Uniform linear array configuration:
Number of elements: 24
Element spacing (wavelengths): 0.5
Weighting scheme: binomial
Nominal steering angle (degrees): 60
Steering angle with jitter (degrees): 61.266
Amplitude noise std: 0.05
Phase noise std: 0.05

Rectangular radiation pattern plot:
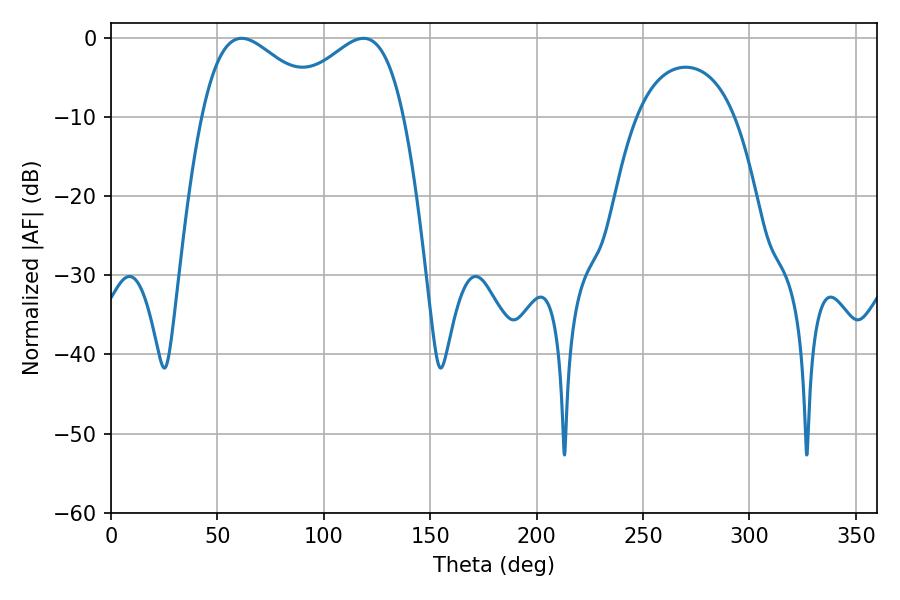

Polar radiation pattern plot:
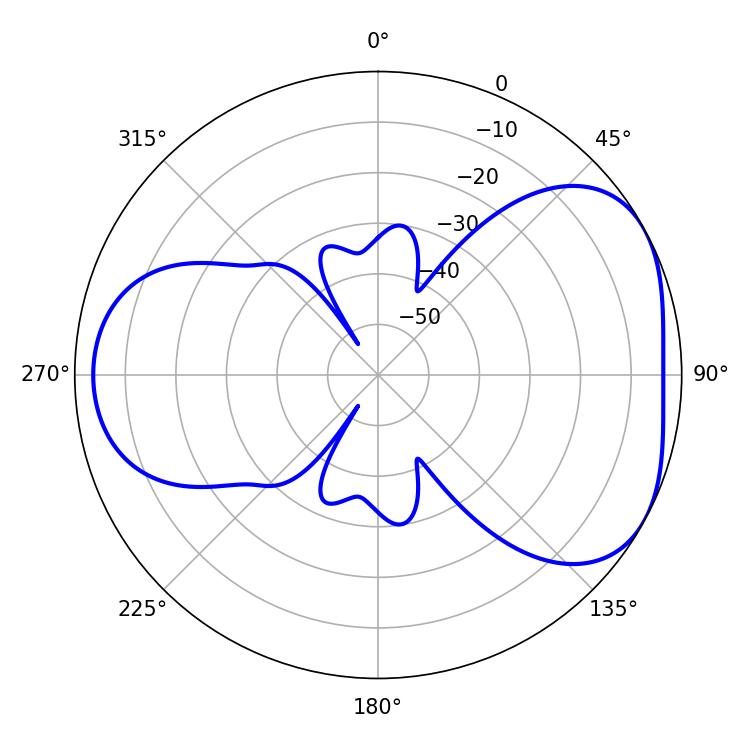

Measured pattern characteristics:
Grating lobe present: FALSE
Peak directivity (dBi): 4.5
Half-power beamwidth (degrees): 31.14
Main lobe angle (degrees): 61.38